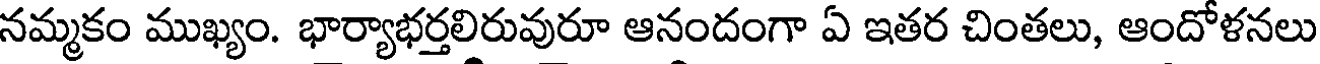
నమ్మకం ముఖ్యం. భార్యాభర్తలిరువురూ ఆనందంగా ఏ ఇతర చింతలు, ఆందోళనలు